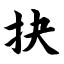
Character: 抉